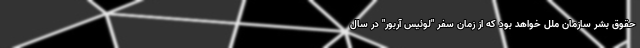
حقوق بشر سازمان ملل خواهد بود که از زمان سفر "لوئیس آربور" در سال